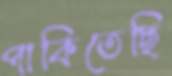
পাকিতেছি